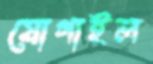
যোগাইল